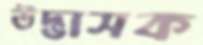
উদ্ভাসক